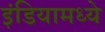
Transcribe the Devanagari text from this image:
इंडियामध्‍ये